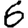
Digit: 6